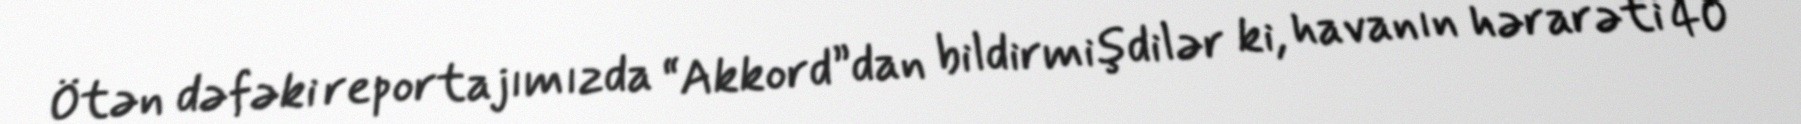
Ötən dəfəki reportajımızda “Akkord”dan bildirmişdilər ki, havanın hərarəti 40